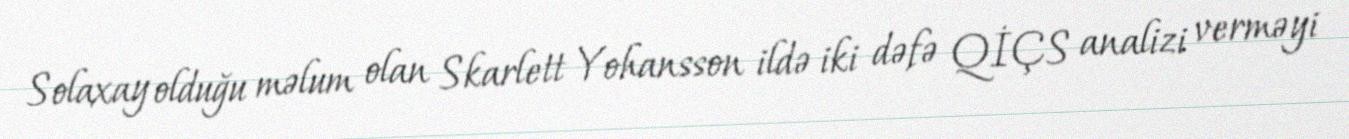
Solaxay olduğu məlum olan Skarlett Yohansson ildə iki dəfə QİÇS analizi verməyi